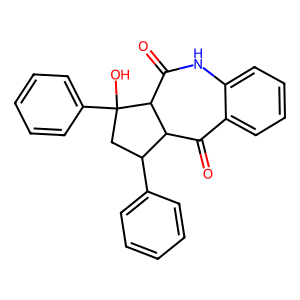
SMILES: O=C1c2ccccc2NC(=O)C2C1C(c1ccccc1)CC2(O)c1ccccc1
Inhibits HIV replication: No